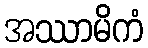
အဿာမိကံ